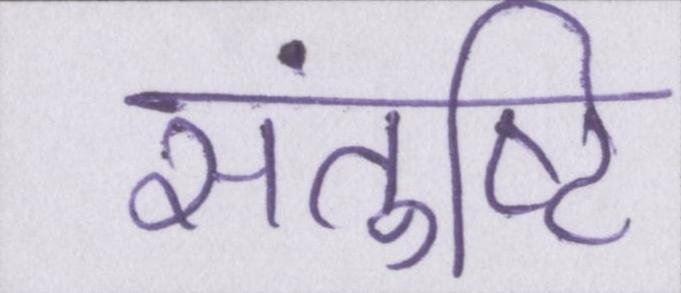
संतुष्टि